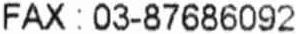
FAX : 03-87686092